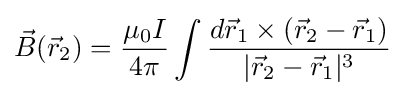
{\vec {B}}({\vec {r}}_{2})={\frac {\mu _{0}I}{4\pi }}\int {\frac {d{\vec {r}}_{1}\times ({\vec {r}}_{2}-{\vec {r}}_{1})}{|{\vec {r}}_{2}-{\vec {r}}_{1}|^{3}}}